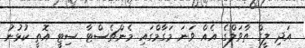
އަދި ލީގް ތާވަލްގެ އެއް ވަނަ މަގާމްގައި މެންޗެސްޓާ ސިޓީ އޮތީ ކުޅުނު